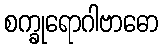
စက္ခုရောဂါဗာဓော